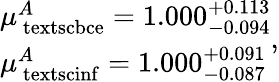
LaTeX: \begin{array}{ll}{\mu_{\mathrm{\ textsc{bce}}}^{A}=1.000_{-0.094}^{+0.113}}\\ {\mu_{\mathrm{\ textsc{inf}}}^{A}=1.000_{-0.087}^{+0.091}}\end{array},